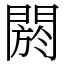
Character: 閼